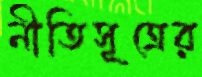
নীতিসূত্রের